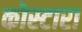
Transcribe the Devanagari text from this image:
कोस्‍टारा